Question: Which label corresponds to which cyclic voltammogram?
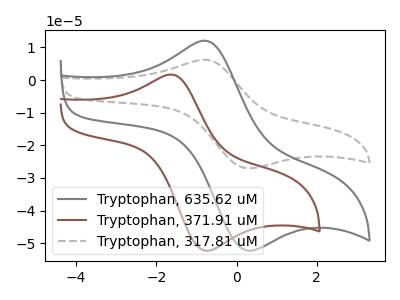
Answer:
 <answer>The gray curve is labeled "Tryptophan, 635.62 uM". The brown curve is labeled "Tryptophan, 371.91 uM". The gray dashed curve is labeled "Tryptophan, 317.81 uM".</answer>
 <eval></eval>